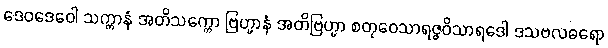
ဒေဝဒေဝေါ သက္ကာနံ အတိသက္ကော ဗြဟ္မာနံ အတိဗြဟ္မာ စတုဝေသာရဇ္ဇဝိသာရဒေါ ဒသဗလဓရော